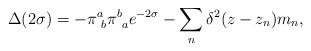
LaTeX: \begin{align*}\Delta (2\sigma) =-\pi^a_{\ b}\pi^b_{\ a}e^{-2\sigma}-\sum_n\delta^2(z -z_n)m_n,\end{align*}